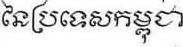
នៃប្រទេសកម្ពុជា